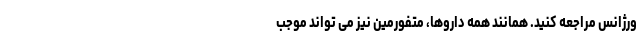
ورژانس مراجعه کنید. همانند همه داروها، متفورمین نیز می تواند موجب